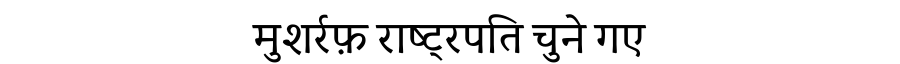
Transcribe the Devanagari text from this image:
मुशर्रफ़ राष्ट्रपति चुने गए